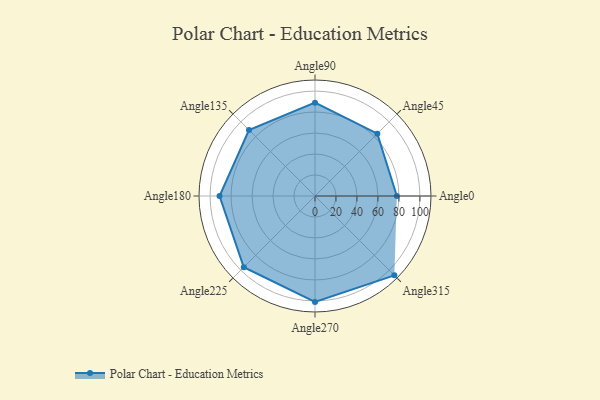
{"axis": {"x": "Angle", "y": "Radius"}, "legend": [""], "data": [{"x": "Angle0", "y": 78.0, "type": ""}, {"x": "Angle45", "y": 84.0, "type": ""}, {"x": "Angle90", "y": 89.0, "type": ""}, {"x": "Angle135", "y": 89.0, "type": ""}, {"x": "Angle180", "y": 91.0, "type": ""}, {"x": "Angle225", "y": 96.0, "type": ""}, {"x": "Angle270", "y": 101.0, "type": ""}, {"x": "Angle315", "y": 107.0, "type": ""}]}